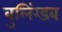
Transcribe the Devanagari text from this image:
बुलिंग्डब